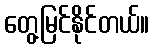
တွေ့မြင်နိုင်တယ်။